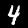
Digit: 4